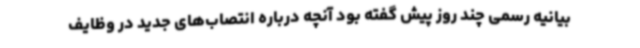
بیانیه رسمی چند روز پیش گفته بود آنچه درباره انتصاب‌های جدید در وظایف